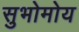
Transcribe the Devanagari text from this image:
सुभोमोय